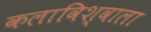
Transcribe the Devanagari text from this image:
कलाविश्वाला